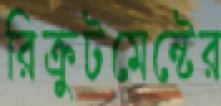
রিক্রুটমেন্টের